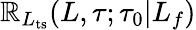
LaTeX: \mathbb{R}_{L_{\mathrm{{ts}}}}(L,\tau;\tau_{0}|L_{f})